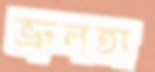
ভ্রুলতা